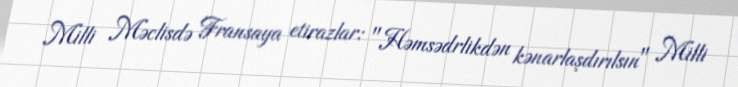
Milli Məclisdə Fransaya etirazlar: "Həmsədrlikdən kənarlaşdırılsın" Milli